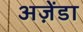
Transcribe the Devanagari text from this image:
अज़ेंडा